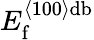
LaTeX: E_{\mathrm{f}}^{\left\langle 100\right\rangle\mathrm{db}}